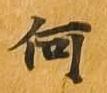
何